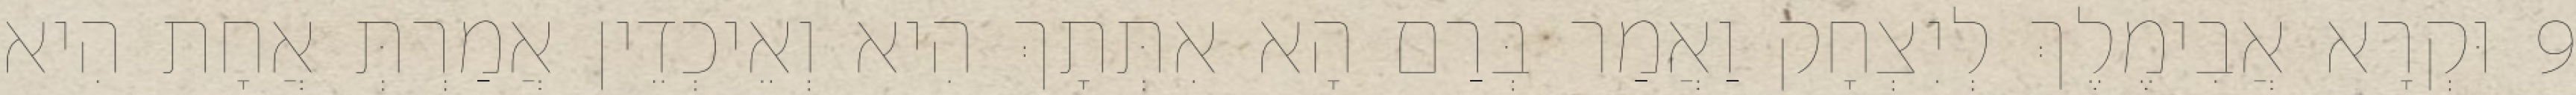
9 וּקְרָא אֲבִימֶלֶךְ לְיִצְחָק וַאֲמַר בְּרַם הָא אִתְּתָךְ הִיא וְאֵיכְדֵין אֲמַרְתְּ אֲחָת הִיא